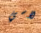
لاسي